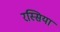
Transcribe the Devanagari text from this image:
रस्सिया